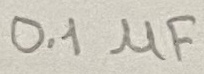
Text: 0.1µF